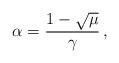
LaTeX: \begin{align*}\alpha = \frac{1 - \sqrt{\mu}}{\gamma}\,,\end{align*}